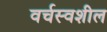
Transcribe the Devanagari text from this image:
वर्चस्वशील